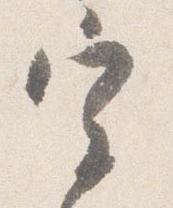
宰